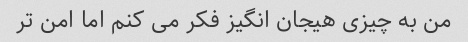
من به چیزی هیجان انگیز فکر می کنم اما امن تر